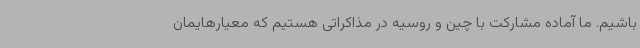
باشیم. ما آماده مشارکت با چین و روسیه در مذاکراتی هستیم که معیارهایمان